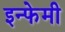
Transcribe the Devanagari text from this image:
इन्फेमी